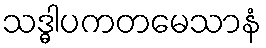
သဒ္ဓါပကတမေသာနံ